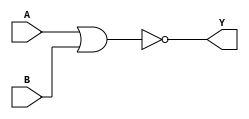
module gate (A,B,Y);

    input A,B;
    output Y;


    nor (Y,A,B);

endmodule